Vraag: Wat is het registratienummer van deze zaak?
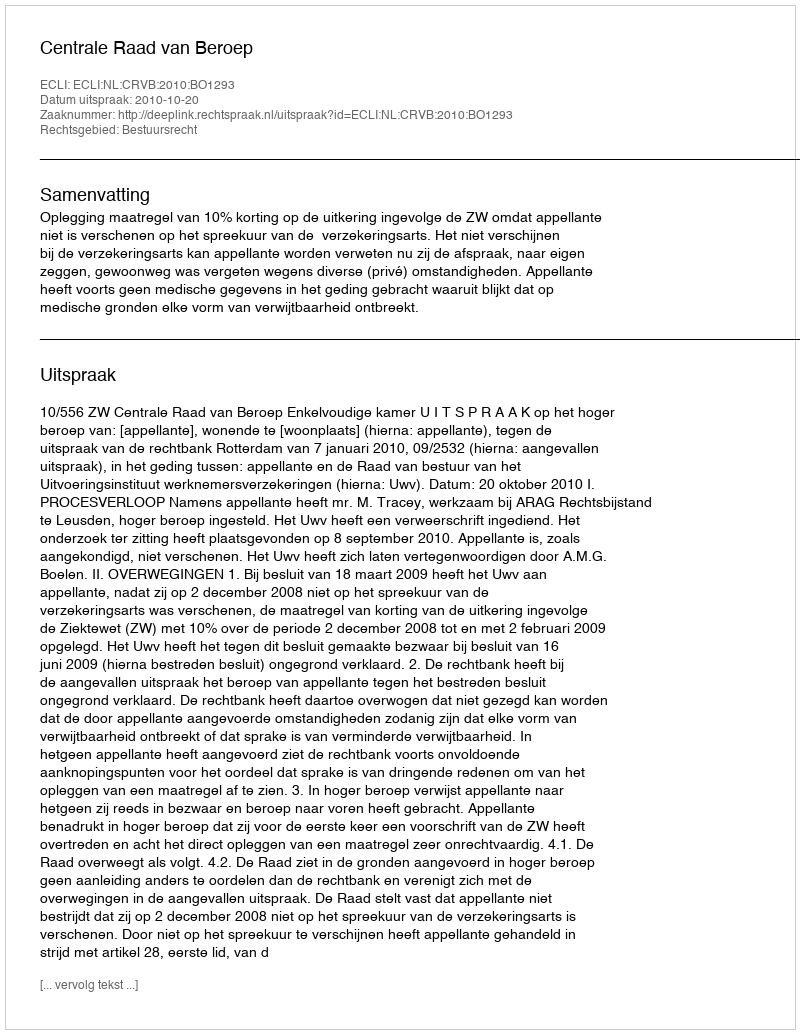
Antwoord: http://deeplink.rechtspraak.nl/uitspraak?id=ECLI:NL:CRVB:2010:BO1293